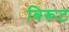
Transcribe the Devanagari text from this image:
बिरूट